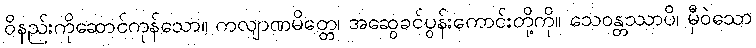
ဝိနည်းကိုဆောင်ကုန်သော။ ကလျာဏမိတ္တေ၊ အဆွေခင်ပွန်းကောင်းတို့ကို။ သေဝန္တဿာပိ၊ မှီဝဲသော